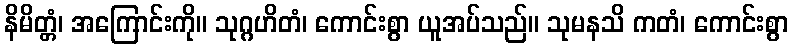
နိမိတ္တံ၊ အကြောင်းကို။ သုဂ္ဂဟိတံ၊ ကောင်းစွာ ယူအပ်သည်။ သုမနသိ ကတံ၊ ကောင်းစွာ